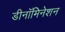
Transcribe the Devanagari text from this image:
डीनॉमिनेशन